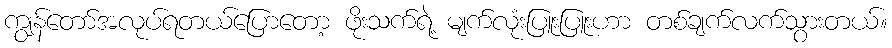
ကျွန်တော်အလုပ်ရတယ်ပြောတော့ ဖိုးသက်ရဲ့ မျက်လုံးပြူးပြူးဟာ တစ်ချက်လက်သွားတယ်။